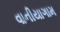
વાનીયાગામ